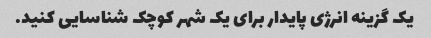
یک گزینه انرژی پایدار برای یک شهر کوچک شناسایی کنید.